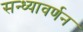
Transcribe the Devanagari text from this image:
सन्ध्यावर्णन